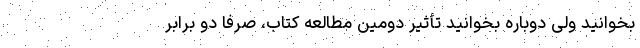
بخوانید ولی دوباره بخوانید تأثیر دومین مطالعهٔ کتاب، صرفاً دو برابر